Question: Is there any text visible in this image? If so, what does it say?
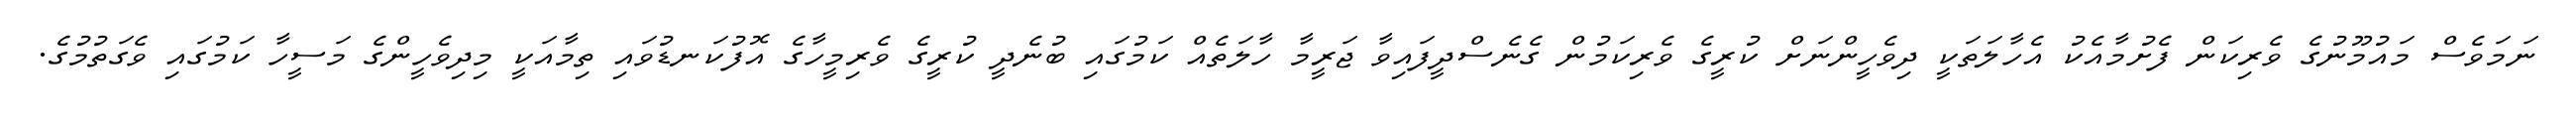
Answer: ނަމަވެސް މައުމޫނުގެ ވެރިކަން ފެށުމާއެކު އެހާލަތަކީ ދިވެހީންނަށް ކުރީގެ ވެރިކަމުން ގެނެސްދީފައިވާ ޖަރީމާ ހާލަތެއް ކަމުގައި ބުނެދީ ކުރީގެ ވެރިމީހާގެ އޮފުކަނޑުވައި ތިމާއަކީ މިދިވެހީންގެ މަސީހާ ކަމުގައި ވެގަތުމުގެ.